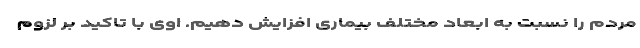
مردم را نسبت به ابعاد مختلف بیماری افزایش دهیم. اوی با تاکید بر لزوم